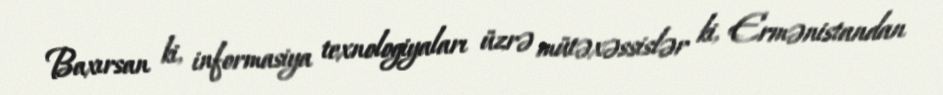
Baxırsan ki, informasiya texnologiyaları üzrə mütəxəssislər ki, Ermənistandan